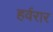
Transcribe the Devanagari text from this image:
हर्वरार